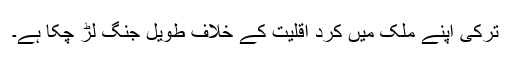
ترکی اپنے ملک میں کرد اقلیت کے خلاف طویل جنگ لڑ چکا ہے۔